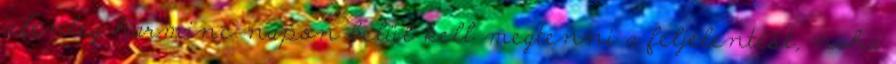
jelenleg harminc napon belül kell megtenni a feljelentést, noha